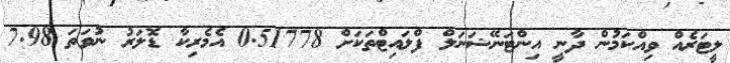
ލީޓަރެއް ވިއްކަމުން ދާނީ އިންޓަނޭޝަނަލް ފްލައިޓްތަކަށް 0.51778 އެމެރިކާ ޑޮލަރު ނުވަތަ 7.98